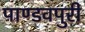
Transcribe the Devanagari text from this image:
पाण्डवपुरी